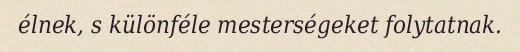
élnek, s különféle mesterségeket folytatnak.